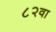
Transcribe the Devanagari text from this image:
८२वा